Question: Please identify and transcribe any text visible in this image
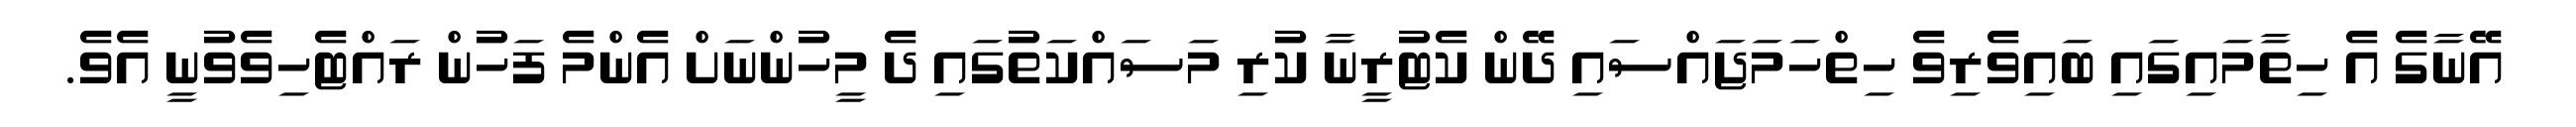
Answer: އޭނާގެ އެ ހިތާމައިގައި ބައިވެރިވެ ހިތްހަމަޖައްސައި ދޭން ކެޓުރީނާ ކުރި މަސައްކަތުގައި ދެ މީހުންނަށް އެންމެ ފަހުން ރައްޓެހިވެވުނީ އެވެ.